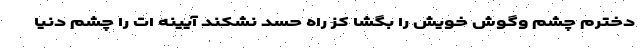
دخترم چشم وگوش خویش را بگشا کز راه حسد نشکند آیینه ات را چشم دنیا